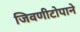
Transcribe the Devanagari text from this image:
जिवणीटोपाने